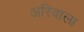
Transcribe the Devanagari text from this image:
अरिवाला